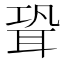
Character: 聓